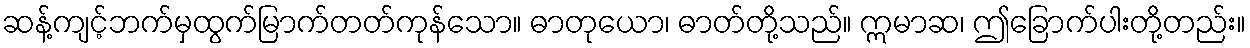
ဆန့်ကျင့်ဘက်မှထွက်မြာက်တတ်ကုန်သော။ ဓာတုယော၊ ဓာတ်တို့သည်။ ဣမာဆ၊ ဤခြောက်ပါးတို့တည်း။